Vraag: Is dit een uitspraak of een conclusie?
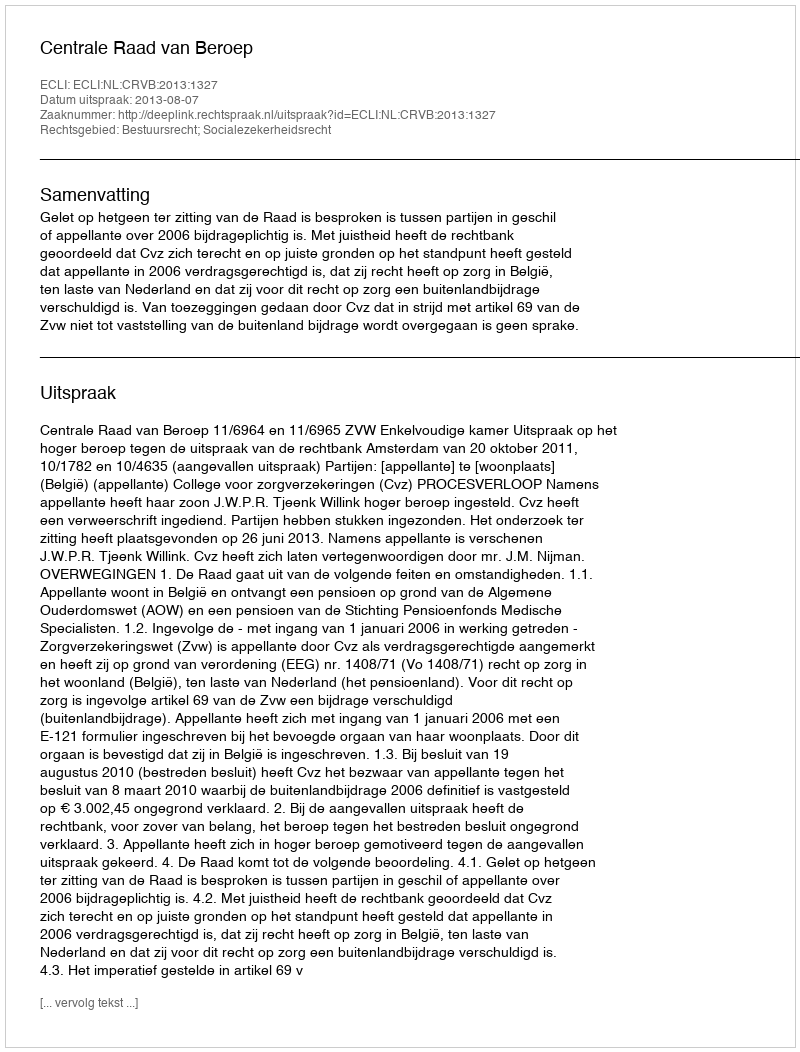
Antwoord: Uitspraak